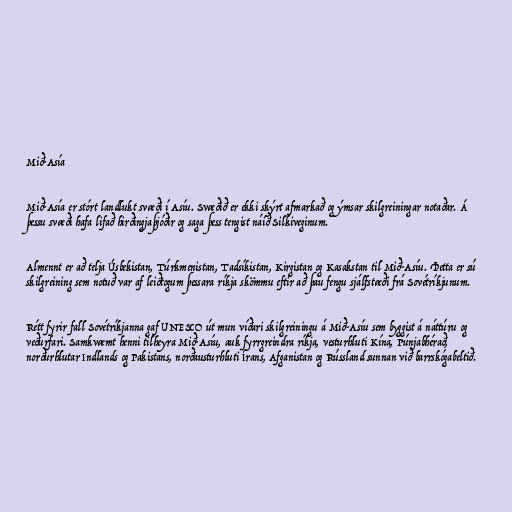
Mið-Asía

Mið-Asía er stórt landlukt svæði í Asíu. Svæðið er ekki skýrt afmarkað og ýmsar skilgreiningar notaðar. Á
þessu svæði hafa lifað hirðingjaþjóðir og saga þess tengist náið Silkiveginum.

Almennt er að telja Úsbekistan, Túrkmenistan, Tadsíkistan, Kirgistan og Kasakstan til Mið-Asíu. Þetta er sú
skilgreining sem notuð var af leiðtogum þessara ríkja skömmu eftir að þau fengu sjálfstæði frá Sovétríkjunum.

Rétt fyrir fall Sovétríkjanna gaf UNESCO út mun víðari skilgreiningu á Mið-Asíu sem byggist á náttúru og
veðurfari. Samkvæmt henni tilheyra Mið-Asíu, auk fyrrgreindra ríkja, vesturhluti Kína, Púnjabhérað,
norðurhlutar Indlands og Pakistans, norðausturhluti Írans, Afganistan og Rússland sunnan við barrskógabeltið.